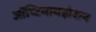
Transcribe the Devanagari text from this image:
ऑप्टिमायझेशन